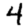
Digit: 4